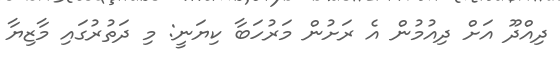
ދިއްދޫ އަށް ދިއުމުން އެ ރަށުން މަރުހަބާ ކިޔަނީ: މި ދަތުރުގައި މާޒިޔާ